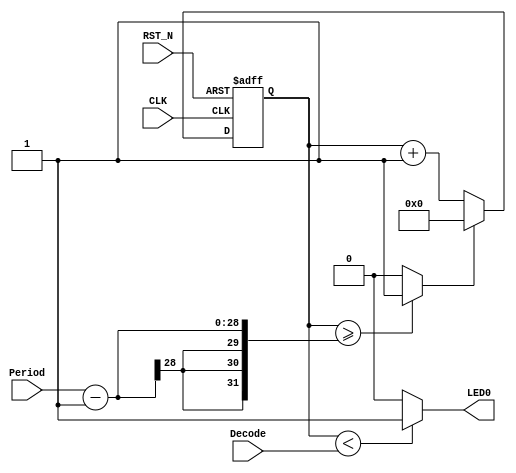
module PwmSub (
	Decode,
	Period,
	LED0,
	CLK,
	RST_N
 ); 

//======= PORT DEFINITION ================================================
output		LED0;
input		CLK, RST_N;
input 	[27:0] 	Decode;
input 	[27:0] 	Period;

reg 	[27:0]	counter0;
wire 		counter0_clr, counter0_dec;


assign LED0 = counter0_dec;


always @(posedge CLK or negedge RST_N)
begin
	if (RST_N == 1'b0) begin
		counter0 <= 0;
	end else begin
		if(counter0_clr == 1'b1) begin
			counter0 <= 0;
		end else begin
			counter0 <= counter0 + 1;
		end
	end
end

assign counter0_clr = (counter0 >= Period-1) ? 1'b1 : 1'b0;
assign counter0_dec = (counter0 < Decode) ? 1 : 0;


endmodule